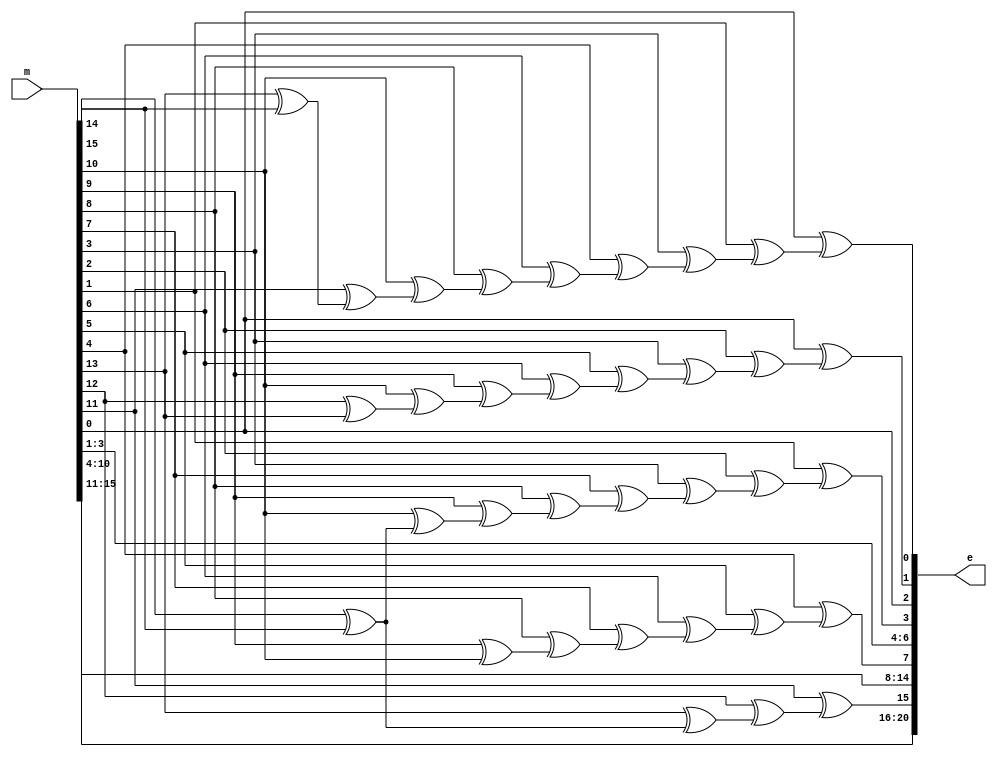
module simplehamm(
	input [15:0] m,
	output reg [20:0] e
	);
reg p0,p1,p2,p3,p4;
always @ (m) begin
	//production of parity bits
	p0=m[0]^( m[1]^( m[3]^( m[4]^( m[6]^( m[8]^( m[10]^( m[11]^( m[13]^(m[15]) ))))))));//
	p1=m[0]^( m[2]^(m[3]^( m[5]^(m[6]^( m[9]^(m[10]^( m[12]^(m[13]))))))));//
	p2=m[1]^( m[2]^( m[3]^(  m[7]^( m[8]^( m[9]^( m[10]^(   m[14]^( m[15]))))))));//
	p3=m[4]^( m[5]^( m[6]^( m[7]^( m[8]^( m[9]^( m[10]))))));//
	p4=m[11]^( m[12]^( m[13]^( m[14]^( m[15]))));//
//assigning the message bits to data and parity
	e[0]=p0;
	e[1]=p1;
	e[2]=m[0];
	e[3]=p2;
	e[4]=m[1];
	e[5]=m[2];
	e[6]=m[3];
	e[7]=p3;
	e[8]=m[4];
	e[9]=m[5];
	e[10]=m[6];
	e[11]=m[7];
	e[12]=m[8];
	e[13]=m[9];
	e[14]=m[10];
	e[15]=p4;
	e[16]=m[11];
	e[17]=m[12];
	e[18]=m[13];
	e[19]=m[14];
	e[20]=m[15];
	//e is the output transported over the channel
	end
	endmodule